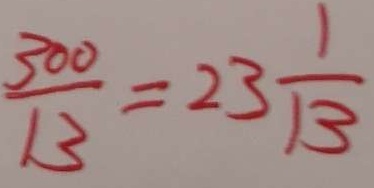
\frac { 3 0 0 } { 1 3 } = 2 3 \frac { 1 } { 1 3 }